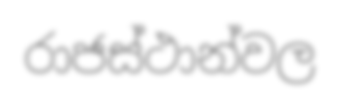
රාජස්ථාන්වල